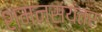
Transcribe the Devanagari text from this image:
शमनसंयंत्र